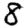
Digit: 8